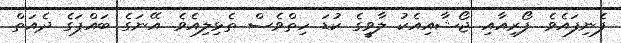
ފެނިފައެވެ. ފޯރިއާއި ޖޯޝާއިއެކު ލާވީގެ ކުޑަ ހިތްވެސް ތެޅިލިއެވެ. އޭނަގެ ބައްޕަގެ ދެއަތް